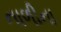
નાળીના